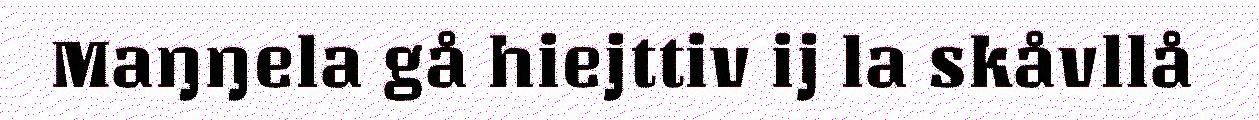
Maŋŋela gå hiejttiv ij la skåvllå